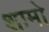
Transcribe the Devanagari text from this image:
शामो